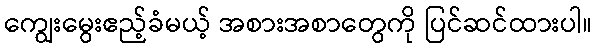
ကျွေးမွေးဧည့်ခံမယ့် အစားအစာတွေကို ပြင်ဆင်ထားပါ။